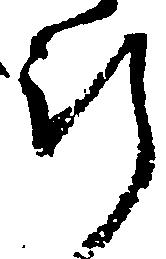
行